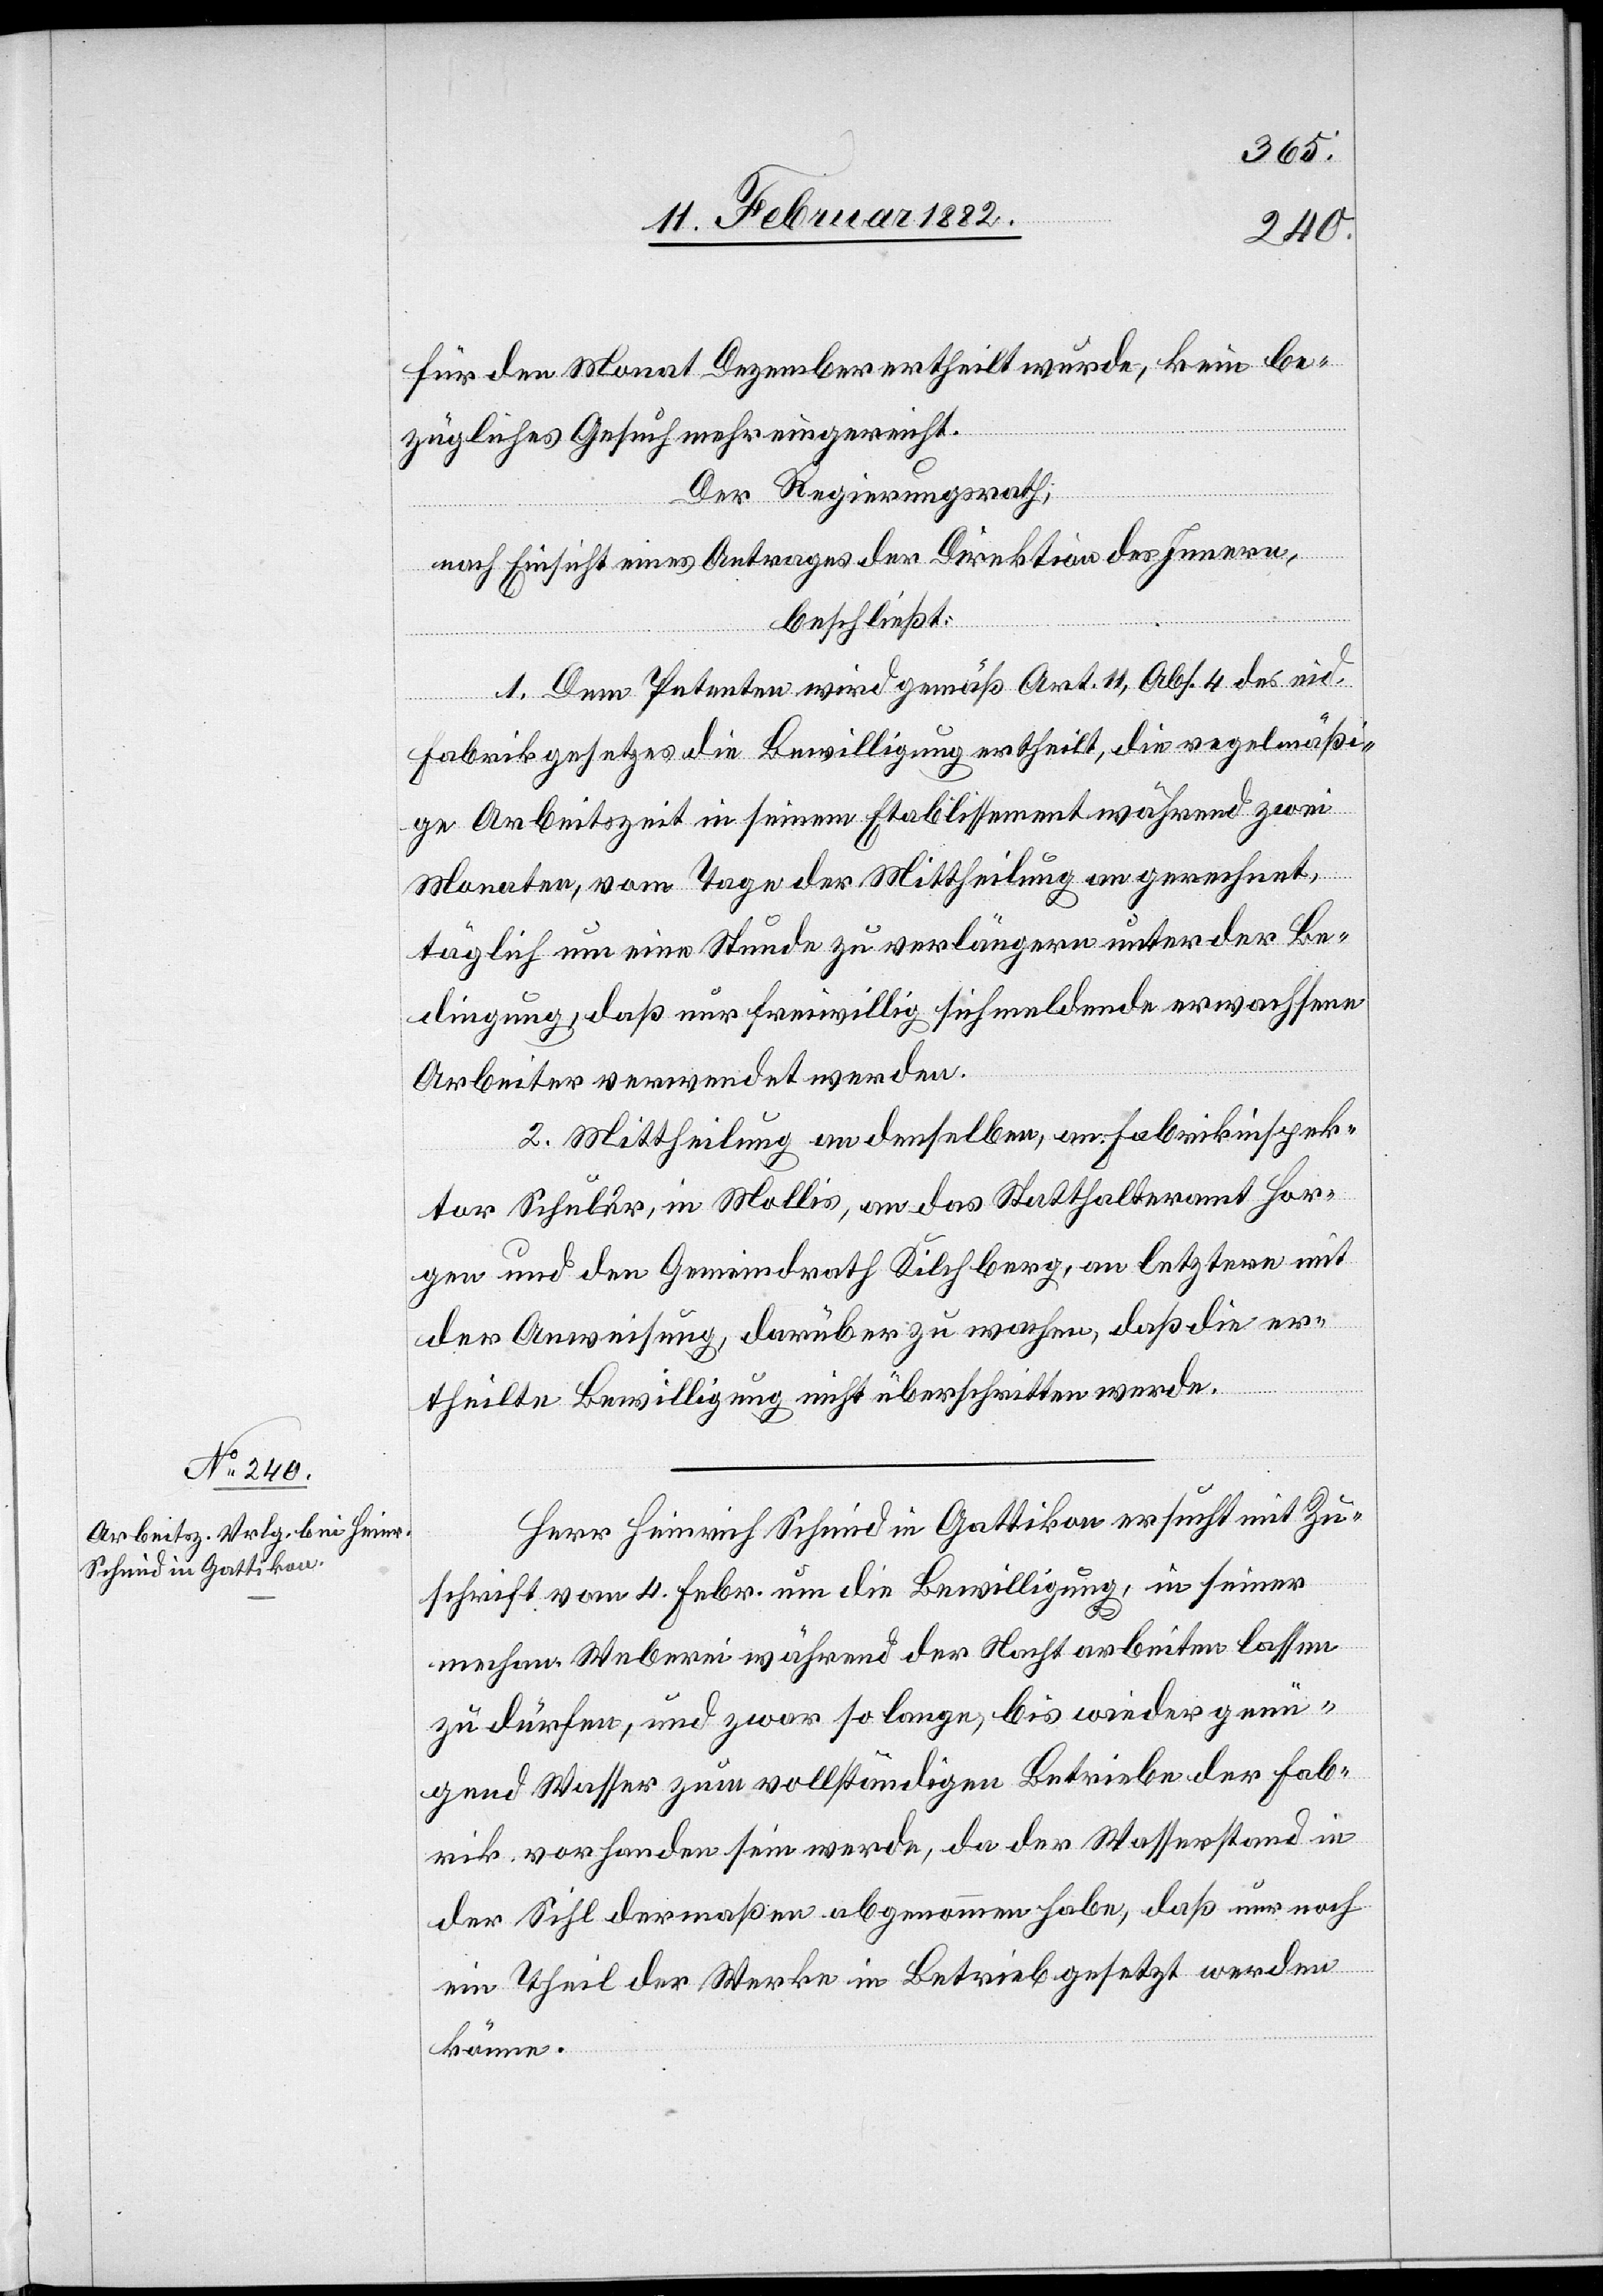
für den Monat Dezember ertheilt wurde, kein be¬
zügliches Gesuch mehr eingereicht.
Der Regierungsrath,
nach Einsicht eines Antrages der Direktion des Innern,
beschließt:
1. Dem Petenten wird gemäß Art. 11, Abs. 4 des eid.
Fabrikgesetzes die Bewilligung ertheilt, die regelmäßi¬
ge Arbeitszeit in seinem Etablissement während zwei
Monaten, vom Tage der Mittheilung an gerechnet,
täglich um eine Stunde zu verlängern unter der Be¬
dingung, daß nur freiwillig sich meldende erwachsene
Arbeiter verwendet werden.
2. Mittheilung a denselben, an Fabrikinspek¬
tor Schuler, in Mollis, an das Statthalteramt Hor¬
gen und den Gemeindrath Kilchberg, an letztern mit
der Anweisung, darüber zu wachen, daß die er¬
theilte Bewilligung nicht überschritten werde.
Herr Heinrich Schmid in Gattikon ersucht mit Zu¬
schrift vom 4. Febr. um die Bewilligung, in seiner
mechan. Weberei während der Nacht arbeiten lassen
zu dürfen, und zwar so lange, bis wieder genü¬
gend Wasser zum vollständigen Betriebe der Fab¬
rik vorhanden sein werde, da der Wasserstand in
der Sihl dermaßen abgenommen habe, daß nur noch
ein Theil der Werke in Betrieb gesetzt werden
können.